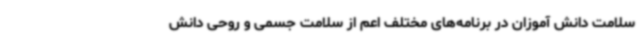
سلامت دانش آموزان در برنامه‌های مختلف اعم از سلامت جسمی و روحی دانش